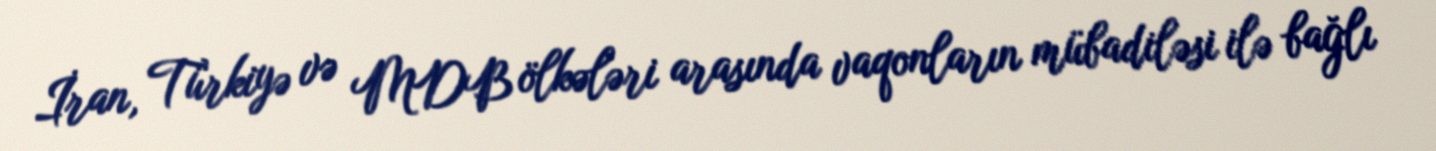
İran, Türkiyə və MDB ölkələri arasında vaqonların mübadiləsi ilə bağlı